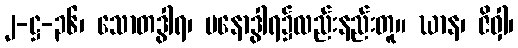
၂-ဋ္ဌ-၃၆၊ သောတဒွါရ၊ မနောဒွါရ၌လည်းနည်းတူ။ ဃာန၊ ဇိဝှါ၊